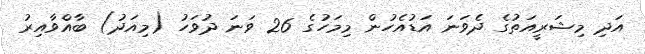
އަދި މިޝަރީއަތުގެ ދެވަނަ އަޑުއެހުން މިމަހުގެ 26 ވަނަ ދުވަހު (މިއަދު) ބާއްވާއިރު